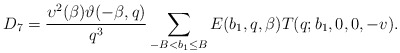
\begin{align*}D_7=\frac{\upsilon^2(\beta)\vartheta(-\beta,q)}{q^3}\sum_{\substack{-B<b_1\le B}}E(b_1,q,\beta)T(q;b_1,0,0,-v).\end{align*}